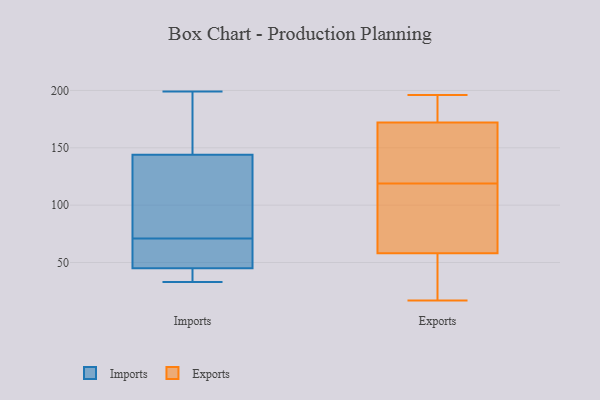
{"axis": {"x": "Backlog", "y": "Value"}, "legend": ["Exports", "Imports"], "data": [{"x": "", "y": 33, "type": "Imports"}, {"x": "", "y": 111, "type": "Imports"}, {"x": "", "y": 199, "type": "Imports"}, {"x": "", "y": 37, "type": "Imports"}, {"x": "", "y": 87, "type": "Imports"}, {"x": "", "y": 169, "type": "Imports"}, {"x": "", "y": 34, "type": "Imports"}, {"x": "", "y": 171, "type": "Imports"}, {"x": "", "y": 68, "type": "Imports"}, {"x": "", "y": 48, "type": "Imports"}, {"x": "", "y": 74, "type": "Imports"}, {"x": "", "y": 45, "type": "Imports"}, {"x": "", "y": 50, "type": "Imports"}, {"x": "", "y": 144, "type": "Imports"}, {"x": "", "y": 166, "type": "Exports"}, {"x": "", "y": 82, "type": "Exports"}, {"x": "", "y": 182, "type": "Exports"}, {"x": "", "y": 187, "type": "Exports"}, {"x": "", "y": 146, "type": "Exports"}, {"x": "", "y": 48, "type": "Exports"}, {"x": "", "y": 109, "type": "Exports"}, {"x": "", "y": 174, "type": "Exports"}, {"x": "", "y": 114, "type": "Exports"}, {"x": "", "y": 127, "type": "Exports"}, {"x": "", "y": 119, "type": "Exports"}, {"x": "", "y": 196, "type": "Exports"}, {"x": "", "y": 50, "type": "Exports"}, {"x": "", "y": 17, "type": "Exports"}, {"x": "", "y": 22, "type": "Exports"}]}